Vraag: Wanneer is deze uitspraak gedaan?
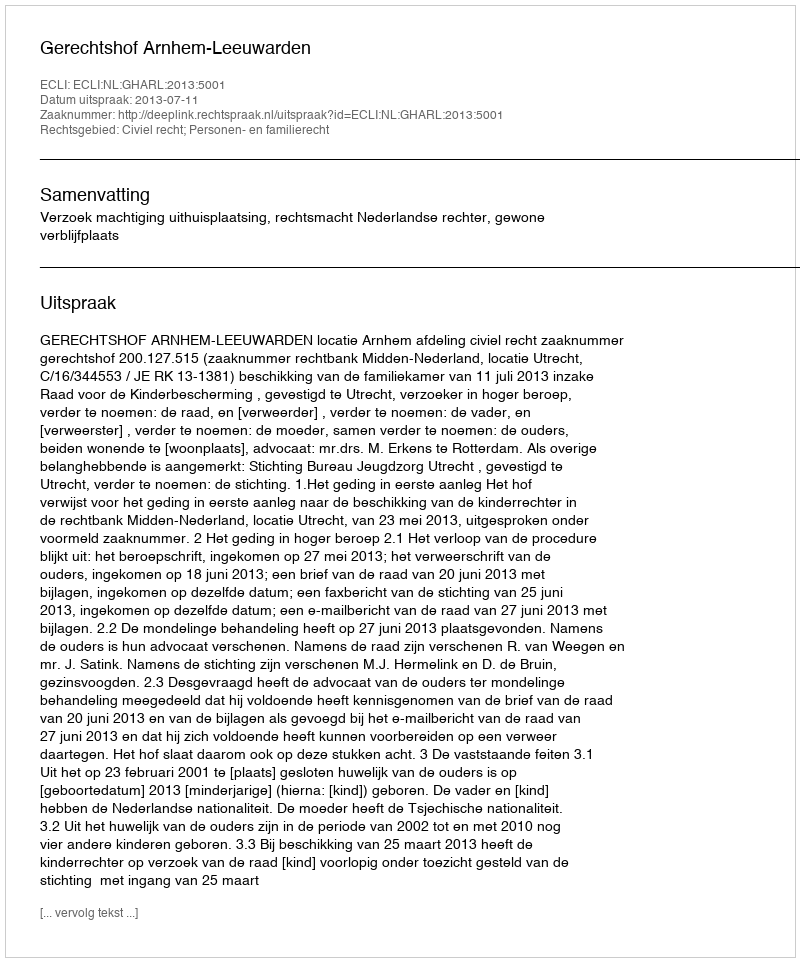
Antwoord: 2013-07-11